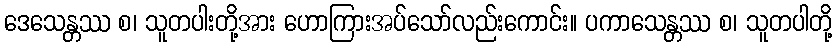
ဒေသေန္တဿ စ၊ သူတပါးတို့အား ဟောကြားအပ်သော်လည်းကောင်း။ ပကာသေန္တဿ စ၊ သူတပါတို့